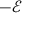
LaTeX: - { \mathcal { E } }